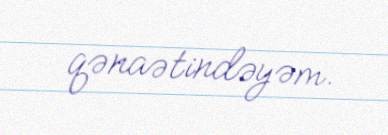
qənaətindəyəm.